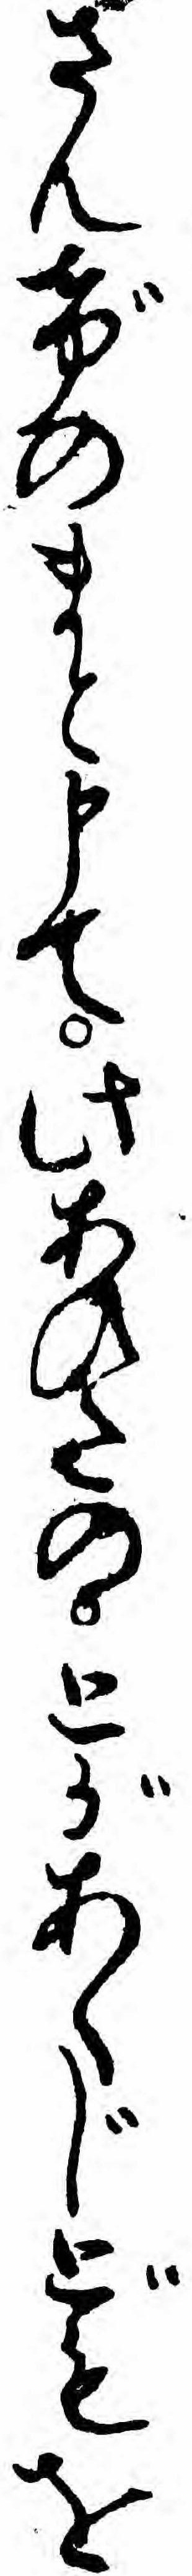
さんげのまと申て此あひたのとがあくじどもを